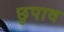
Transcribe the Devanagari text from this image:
छुपाव